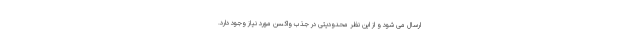
ارسال می شود و از این نظر محدودیتی در جذب واکسن مورد نیاز وجود دارد.